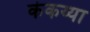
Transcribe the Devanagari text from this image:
कंकय्या